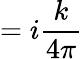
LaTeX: =i{\frac{k}{4\pi}}